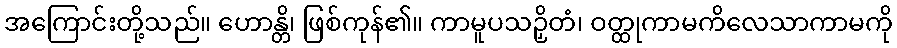
အကြောင်းတို့သည်။ ဟောန္တိ၊ ဖြစ်ကုန်၏။ ကာမူပသဉှိတံ၊ ဝတ္ထုကာမကိလေသာကာမကို